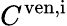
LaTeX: C^{\mathrm{ven,i}}